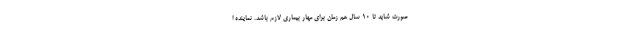
صورت شاید تا ۱۰ سال هم زمان برای مهار بیماری لازم باشد. نماینده ا